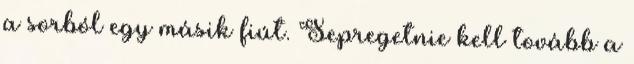
a sorból egy másik fiút. Sepregetnie kell tovább a